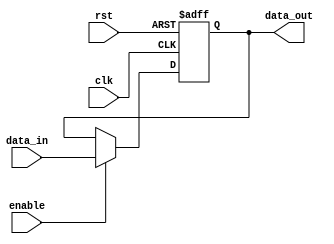
module VariableWidthBypassRegister (
    input wire clk,
    input wire rst,
    input wire enable,
    input wire [7:0] data_in,
    output reg [7:0] data_out
);

reg [7:0] reg_data;

always @ (posedge clk or posedge rst) begin
    if (rst) begin
        reg_data <= 8'b0;
    end else if (enable) begin
        reg_data <= data_in;
    end
end

assign data_out = reg_data;

endmodule